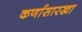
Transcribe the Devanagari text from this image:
कर्णासारखा